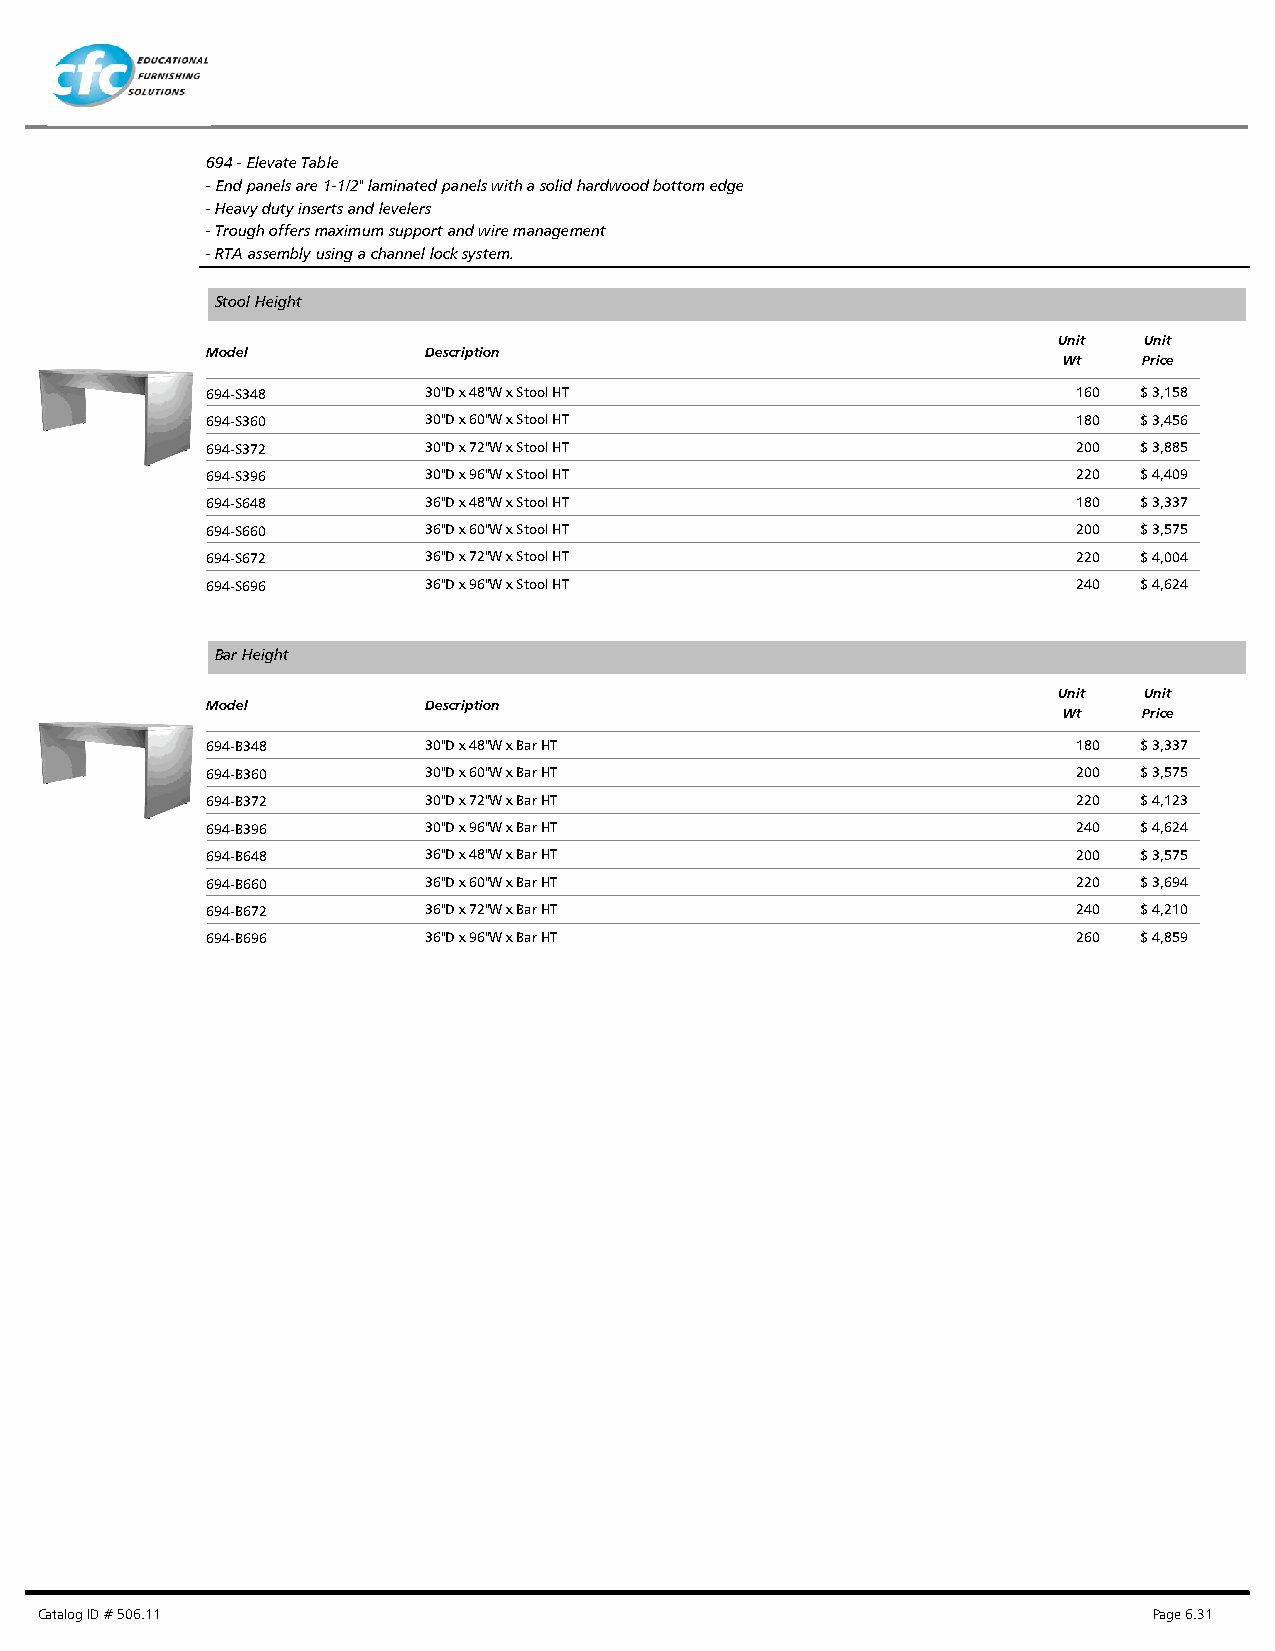
694 - Elevate Table
 - End panels are 1-1/2" laminated panels with a solid hardwood bottom edge
 - Heavy duty inserts and levelers
 - Trough offers maximum support and wire management
 - RTA assembly using a channel lock system.
 Stool Height
 Unit  Unit
 Model         Description
 Wt    Price
 694-S348      30"D x 48"W x Stool HT                     160 $ 3,158
 694-S360      30"D x 60"W x Stool HT                     180 $ 3,456
 694-S372      30"D x 72"W x Stool HT                     200 $ 3,885
 694-S396      30"D x 96"W x Stool HT                     220 $ 4,409
 694-S648      36"D x 48"W x Stool HT                     180 $ 3,337
 694-S660      36"D x 60"W x Stool HT                     200 $ 3,575
 694-S672      36"D x 72"W x Stool HT                     220 $ 4,004
 694-S696      36"D x 96"W x Stool HT                     240 $ 4,624
 Bar Height
 Unit  Unit
 Model         Description
 Wt    Price
 694-B348      30"D x 48"W x Bar HT                       180 $ 3,337
 694-B360      30"D x 60"W x Bar HT                       200 $ 3,575
 694-B372      30"D x 72"W x Bar HT                       220 $ 4,123
 694-B396      30"D x 96"W x Bar HT                       240 $ 4,624
 694-B648      36"D x 48"W x Bar HT                       200 $ 3,575
 694-B660      36"D x 60"W x Bar HT                       220 $ 3,694
 694-B672      36"D x 72"W x Bar HT                       240 $ 4,210
 694-B696      36"D x 96"W x Bar HT                       260 $ 4,859
 Catalog ID # 506.11                                                       Page 6.31